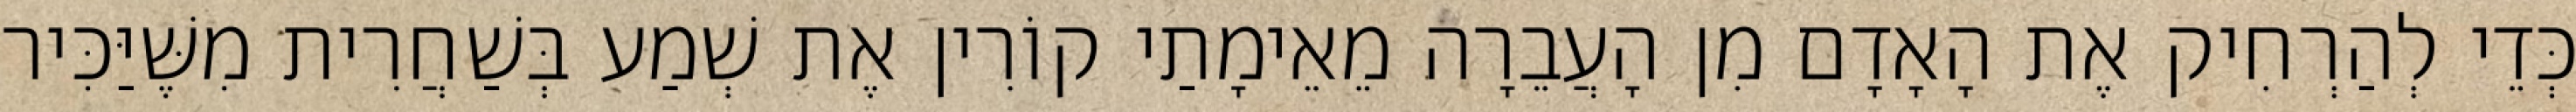
כְּדֵי לְהַרְחִיק אֶת הָאָדָם מִן הָעֲבֵרָה מֵאֵימָתַי קוֹרִין אֶת שְׁמַע בְּשַׁחֲרִית מִשֶּׁיַּכִּיר